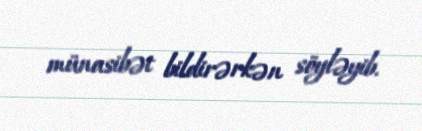
münasibət bildirərkən söyləyib.